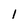
Character: l